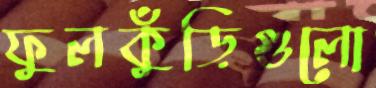
ফুলকুঁড়িগুলো